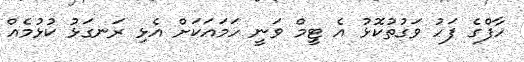
ހާފްގެ ފަހު ވަގުތުކޮޅު އެ ޓީމް ވަނީ ހަމައަކަށް އެޅި ރަނގަޅު ކުޅުމެއް